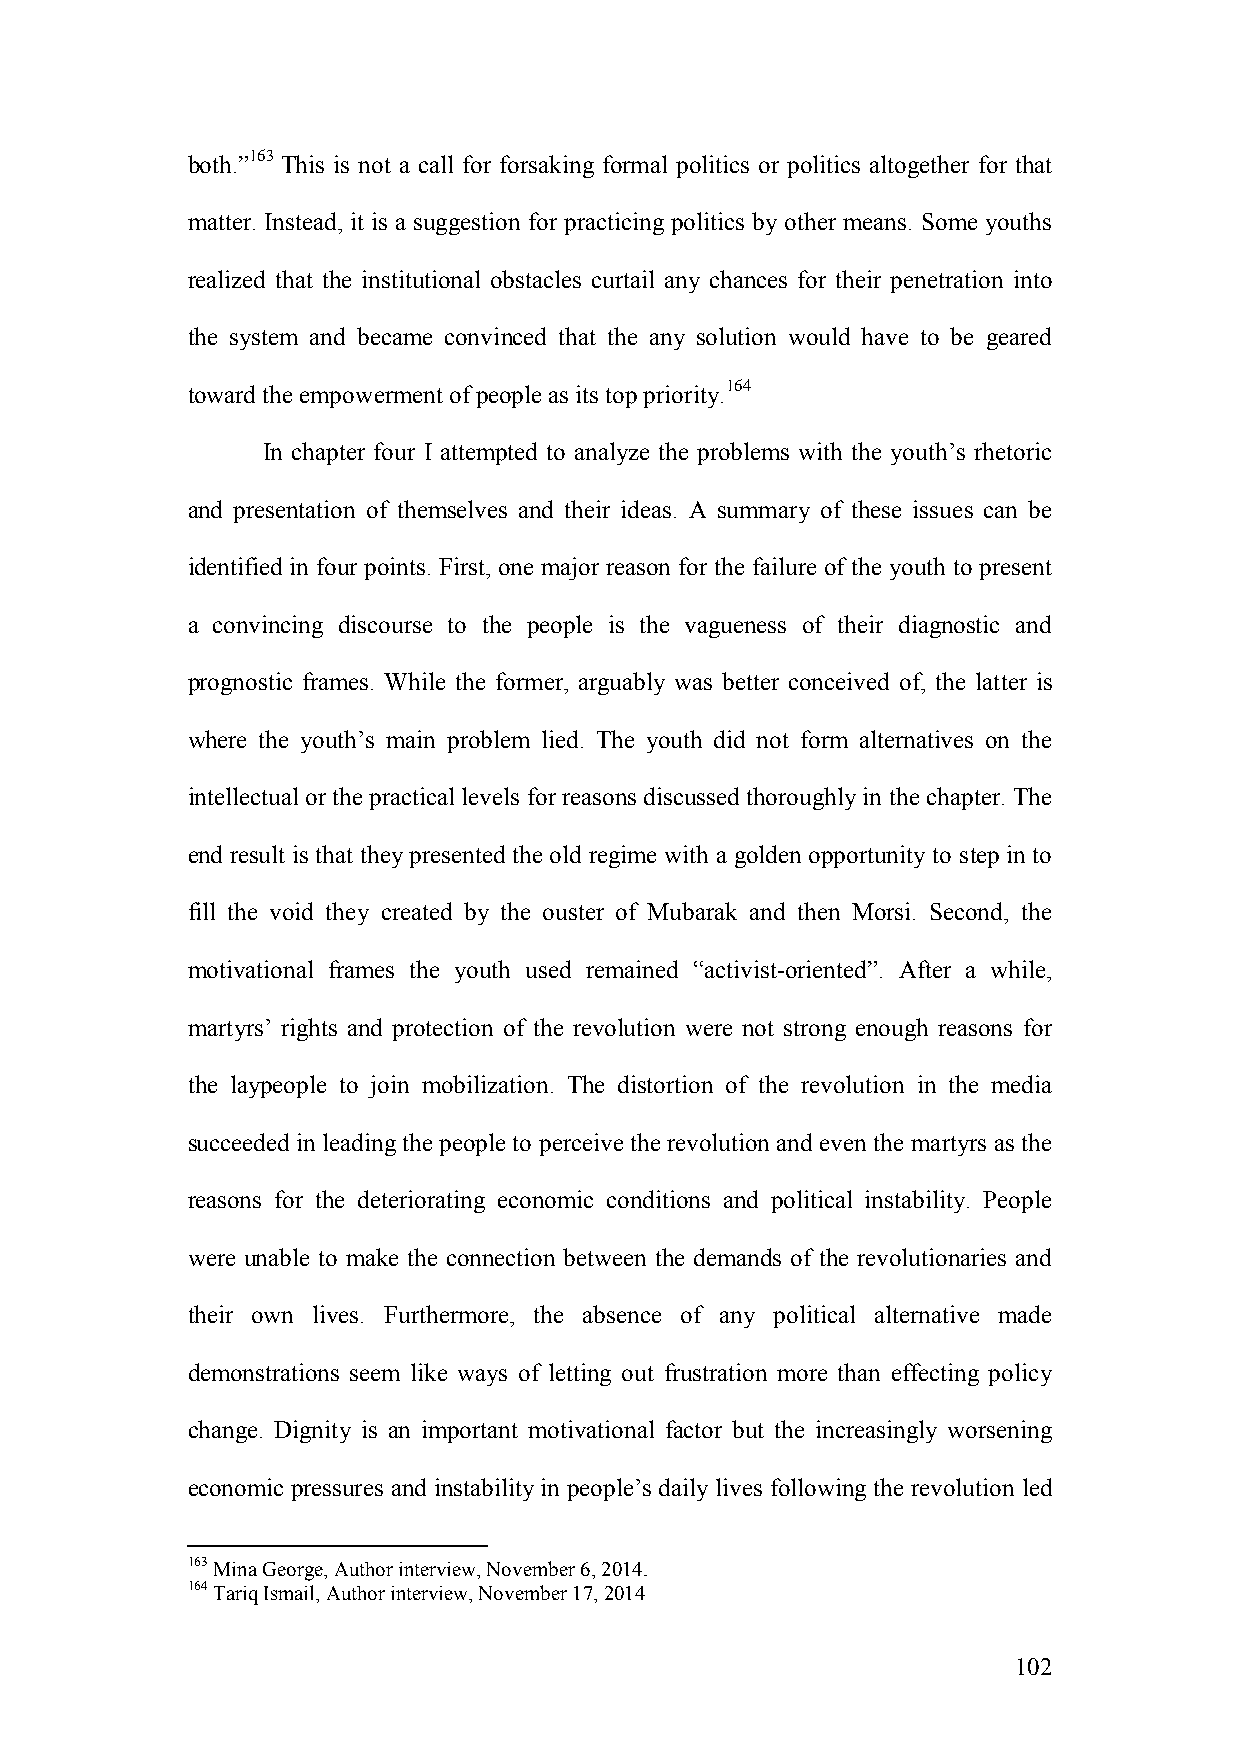
both.”163 This is not a call for forsaking formal politics or politics altogether for that
 matter. Instead, it is a suggestion for practicing politics by other means. Some youths
 realized that the institutional obstacles curtail any chances for their penetration into
 the system and became convinced that the any solution would have to be geared
 toward the empowerment of people as its top priority.164
 In chapter four I attempted to analyze the problems with the youth’s rhetoric
 and presentation of themselves and their ideas. A summary of these issues can be
 identified in four points. First, one major reason for the failure of the youth to present
 a convincing discourse to the people is the vagueness of their diagnostic and
 prognostic frames. While the former, arguably was better conceived of, the latter is
 where the youth’s main problem lied. The youth did not form alternatives on the
 intellectual or the practical levels for reasons discussed thoroughly in the chapter. The
 end result is that they presented the old regime with a golden opportunity to step in to
 fill the void they created by the ouster of Mubarak and then Morsi. Second, the
 motivational frames the youth used remained “activist-oriented”. After a while,
 martyrs’ rights and protection of the revolution were not strong enough reasons for
 the laypeople to join mobilization. The distortion of the revolution in the media
 succeeded in leading the people to perceive the revolution and even the martyrs as the
 reasons for the deteriorating economic conditions and political instability. People
 were unable to make the connection between the demands of the revolutionaries and
 their own lives. Furthermore, the absence of any political alternative made
 demonstrations seem like ways of letting out frustration more than effecting policy
 change. Dignity is an important motivational factor but the increasingly worsening
 economic pressures and instability in people’s daily lives following the revolution led
 163 Mina George, Author interview, November 6, 2014.
 164 Tariq Ismail, Author interview, November 17, 2014
 102